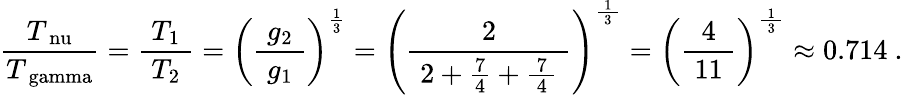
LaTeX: {\frac{\; T_{\mathrm{\ nu}}\; }{T_{\mathrm{\ gamma}}}}={\frac{\; T_{1}\; }{T_{2}}}=\left({\frac{\; g_{2}\; }{g_{1}}}\right)^{\frac{1}{3}}=\left({\frac{2}{\; 2+{\frac{7}{4}}+{\frac{\, 7\, }{4}}\; }}\right)^{\frac{\, 1\, }{3}}=\left({\frac{4}{\; 11\; }}\right)^{\frac{\, 1\, }{3}}\approx{0.714}~.